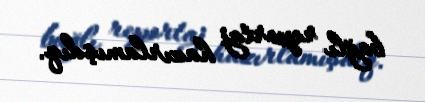
bağlı reportaj hazırlamışdıq.